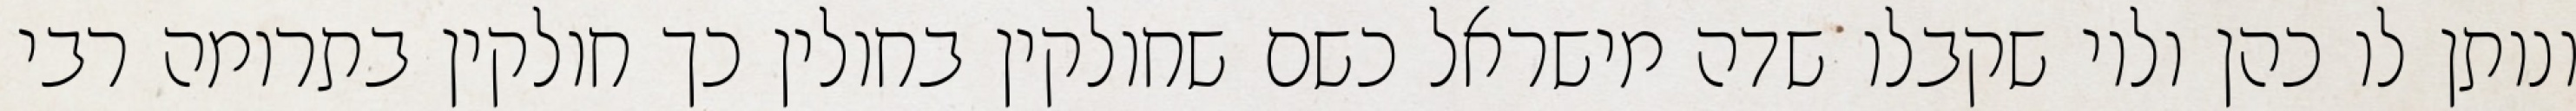
ונותן לו כהן ולוי שקבלו שדה מישראל כשם שחולקין בחולין כך חולקין בתרומה רבי